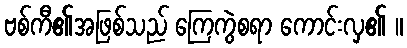
ဗစ်ကီ၏အဖြစ်သည် ကြေကွဲစရာ ကောင်းလှ၏ ။